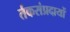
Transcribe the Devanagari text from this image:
र्तकसंप्रदायों